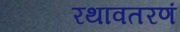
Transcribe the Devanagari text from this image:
रथावतरणं